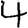
Digit: 4